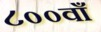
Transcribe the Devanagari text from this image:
८००वाँ